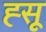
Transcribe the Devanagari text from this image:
ह्सू